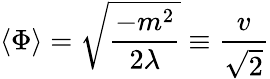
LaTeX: \langle\Phi\rangle={\sqrt{\frac{-m^{2}}{2\lambda}}}\equiv{\frac{v}{\sqrt{2}}}